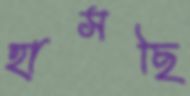
হাসছি